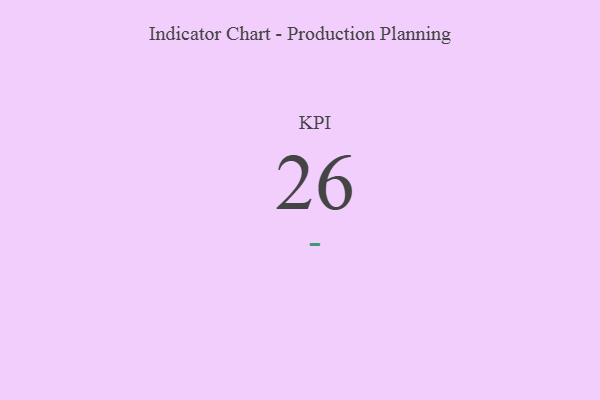
{"axis": {"x": "KPI", "y": "Value"}, "legend": [""], "data": [{"x": "KPI", "y": 26, "type": ""}]}